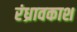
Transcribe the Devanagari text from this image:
रंध्रावकाश